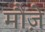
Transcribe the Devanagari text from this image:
मौज़े